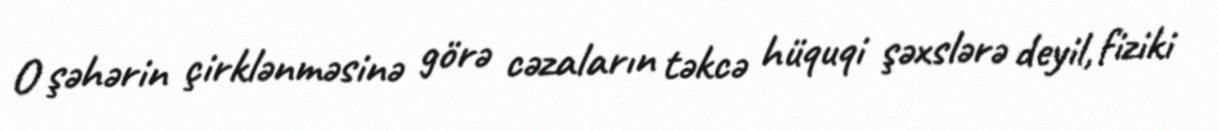
O şəhərin çirklənməsinə görə cəzaların təkcə hüquqi şəxslərə deyil, fiziki